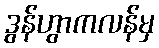
ဒွန်ဟွာကလန်မှ